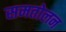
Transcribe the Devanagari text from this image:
समतोलन